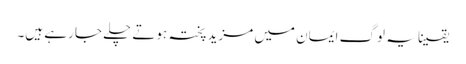
یقینا یہ لوگ ایمان میں مزید پختہ ہوتے چلے جا رہے ہیں۔